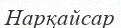
Нарқайсар